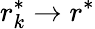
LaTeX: r_{k}^{\ast}\to r^{\ast}